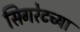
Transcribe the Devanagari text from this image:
सिगरेटच्या